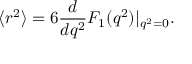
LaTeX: \langle r ^ { 2 } \rangle = 6 \frac { d } { d q ^ { 2 } } F _ { 1 } ( q ^ { 2 } ) | _ { q ^ { 2 } = 0 } .